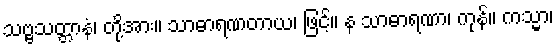
သဗ္ဗသတ္တာနံ၊ တို့အား။ သာဓာရဏတာယ၊ ဖြင့်။ န သာဓာရဏာ၊ ကုန်။ ကသ္မာ၊